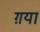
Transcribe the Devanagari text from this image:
ग़या